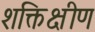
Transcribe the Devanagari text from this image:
शक्तिक्षीण